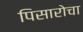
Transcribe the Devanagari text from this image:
पिसारोचा